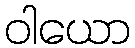
ဝါယော